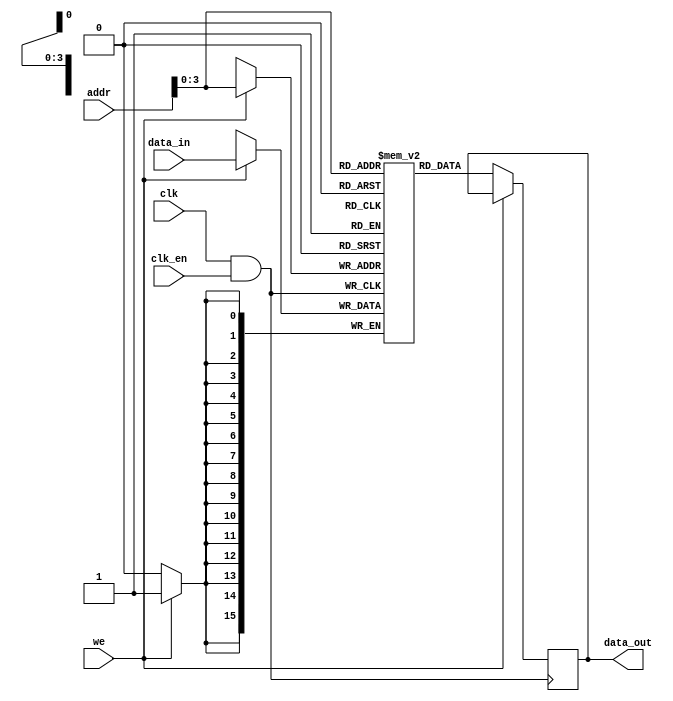
module memory_block (
    input wire clk,           // Original clock signal
    input wire clk_en,       // Static enable signal for clock gating
    input wire [7:0] addr,   // Address input
    input wire [15:0] data_in,// Data input for write operations
    input wire we,           // Write enable signal
    output reg [15:0] data_out // Data output for read operations
);

    // Memory array (16 words of 16 bits each)
    reg [15:0] mem [0:15];

    // Gated clock signal
    wire gated_clk;

    // Clock gating logic
    assign gated_clk = clk & clk_en; // AND gate for clock gating

    // Memory operations
    always @(posedge gated_clk) begin
        if (we) begin
            // Write operation
            mem[addr] <= data_in;
        end else begin
            // Read operation
            data_out <= mem[addr];
        end
    end

endmodule